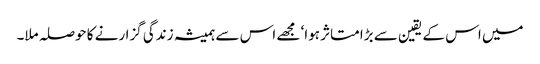
میں اس کے یقین سے بڑا متاثر ہوا‘ مجھے اس سے ہمیشہ زندگی گزارنے کا حوصلہ ملا۔